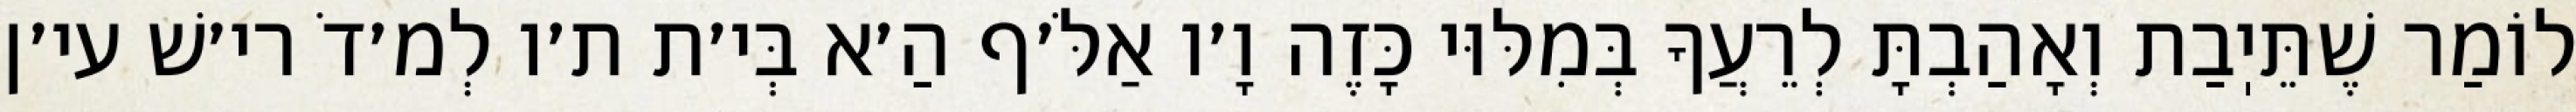
לוֹמַר שֶׁתֵּיֽבַת וְאָהַבְתָּ לְרֵעֲךָ בְּמִלּוּי כָּזֶה וָ׳ו אַלֹּ׳ף הַ׳א בְּי׳ת ת׳ו לְמ׳דֹ רי׳שׁ עי׳ן